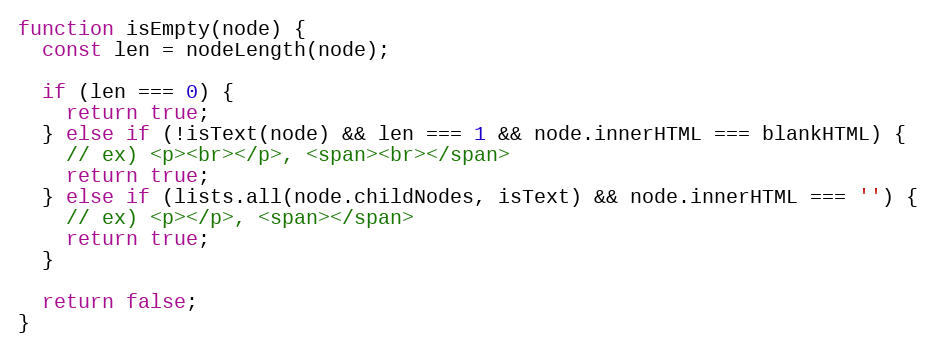
Language: JavaScript
function isEmpty(node) {
  const len = nodeLength(node);

  if (len === 0) {
    return true;
  } else if (!isText(node) && len === 1 && node.innerHTML === blankHTML) {
    // ex) <p><br></p>, <span><br></span>
    return true;
  } else if (lists.all(node.childNodes, isText) && node.innerHTML === '') {
    // ex) <p></p>, <span></span>
    return true;
  }

  return false;
}